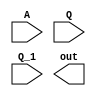
// arithmetic right shift 
module a_rshift(A, Q, Q_1, out); 
    input [7:0] A, Q;
    input Q_1; 
    output [7:0] out;
endmodule